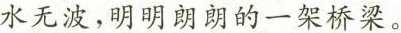
水无波，明明朗朗的一架桥梁。